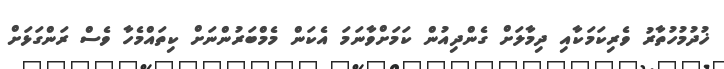
ޚުދުމުހުތާރު ވެރިކަމަކާއި ދިމާލަށް ގެންދިއުން ކަމަށްވާނަމަ އެކަން މެމްބަރުންނަށް ކިތައްމެހާ ވެސް ރަންގަޅަށް